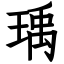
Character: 瑀